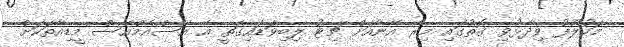
މަހުލޫފު ވިދާޅުވި ގޮތުގައި މިރޭ އޭނާއަށް ޗިޓު ލިބިވަޑައިގަތީ އެ އެސްއެމްއެސް މީޑިއާތަކަށް